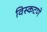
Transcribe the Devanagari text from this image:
विस्कटणे